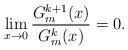
LaTeX: \begin{align*} \lim_{x \to 0} \frac{G^{k+1}_m(x)}{G^{k}_m(x)} = 0. \end{align*}